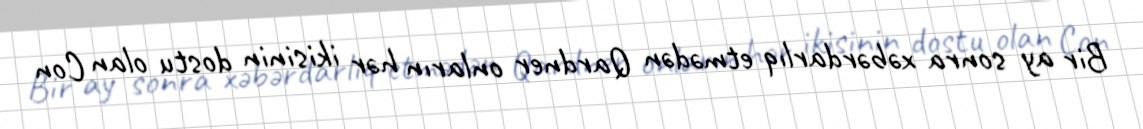
Bir ay sonra xəbərdarlıq etmədən Qardner onların hər ikisinin dostu olan Con